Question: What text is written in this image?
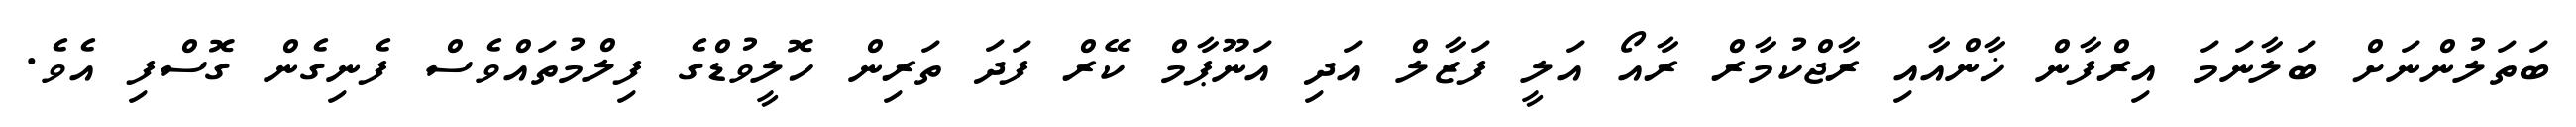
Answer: ބަތަލުންނަށް ބަލާނަމަ އިރްފާން ޚާންއާއި ރާޖްކުމާރް ރާއޯ އަލީ ފަޒާލް އަދި އަނޫޕާމް ކޭރް ފަދަ ތަރިން ހޮލީވުޑްގެ ފިލްމުތައްވެސް ފެނިގެން ގޮސްފި އެވެ.